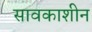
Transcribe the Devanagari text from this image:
सावकाशीन